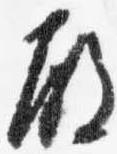
殿